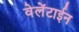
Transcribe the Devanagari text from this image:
वेलेंटाईन